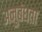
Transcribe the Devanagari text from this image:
अनुबंधता